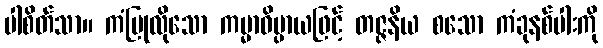
ပါစိတ်သာ။ ကံပြုလိုသော ကမ္မာဓိပ္ပာယဖြင့် တဇ္ဇနိယ စသော ကံခုနစ်ပါးကို